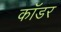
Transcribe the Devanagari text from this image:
कॉडर